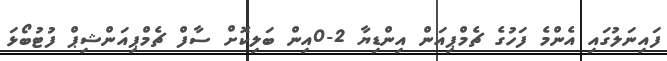
ފައިނަލުގައި އެންމެ ފަހުގެ ޗެމްޕިއަން އިންޑިޔާ 2-0އިން ބަލިކޮށް ސާފް ޗެމްޕިއަންޝިޕް ފުޓުބޯޅަ